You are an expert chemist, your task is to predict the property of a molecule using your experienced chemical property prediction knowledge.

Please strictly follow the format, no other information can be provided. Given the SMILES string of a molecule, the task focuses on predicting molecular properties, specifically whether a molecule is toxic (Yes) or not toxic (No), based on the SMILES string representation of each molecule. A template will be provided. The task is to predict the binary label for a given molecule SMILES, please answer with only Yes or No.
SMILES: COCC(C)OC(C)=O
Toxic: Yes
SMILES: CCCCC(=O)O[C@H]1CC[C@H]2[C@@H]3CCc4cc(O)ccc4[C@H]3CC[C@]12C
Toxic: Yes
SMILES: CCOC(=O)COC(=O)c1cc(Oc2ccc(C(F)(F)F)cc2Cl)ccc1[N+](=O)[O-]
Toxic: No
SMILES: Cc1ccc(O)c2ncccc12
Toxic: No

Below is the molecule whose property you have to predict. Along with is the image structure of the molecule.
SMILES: II
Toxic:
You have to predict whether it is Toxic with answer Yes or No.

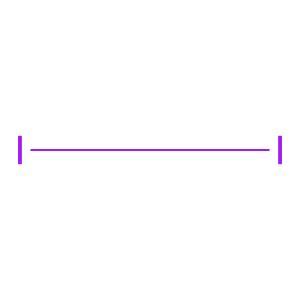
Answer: No